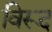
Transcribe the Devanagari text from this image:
विरूद